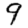
Digit: 9